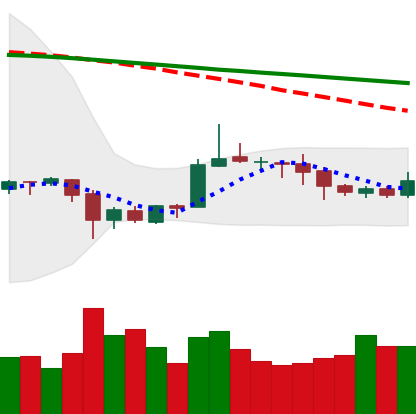
Ticker: ETC-USD
Chart end date: 2020-10-06
Forward return: 3.705%
Label: up_3_5